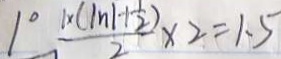
1 0 \frac { 1 \times ( \vert n \vert + \frac { 1 } { 2 } ) } { 2 } \times 2 = 1 . 5